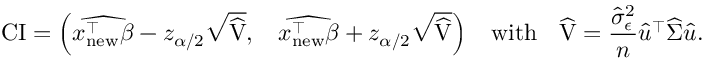
\small \mathrm { C I } = \left( \widehat { x _ { \mathrm { n e w } } ^ { \intercal } \beta } - z _ { \alpha / 2 } \sqrt { \widehat { \mathrm { V } } } , \quad \widehat { x _ { \mathrm { n e w } } ^ { \intercal } \beta } + z _ { \alpha / 2 } \sqrt { \widehat { \mathrm { V } } } \right) \quad \mathrm { w i t h } \quad \widehat { \mathrm { V } } = \frac { \widehat { \sigma } _ { \epsilon } ^ { 2 } } { n } \widehat { u } ^ { \intercal } \widehat { \Sigma } \widehat { u } .